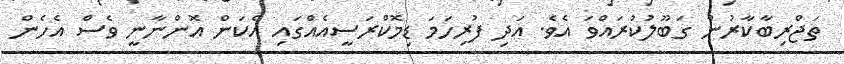
ތަޖްރިބާކާރުން ގަބޫލުކުރައްވަ އެވެ. އަދި ފުރިހަމަ ޑިމޮކްރަސީއެއްގައި އެކަން އޮންނާނީ ވެސް އެހެން